Burma Government Medical School reports 1907-22
Year: 1907
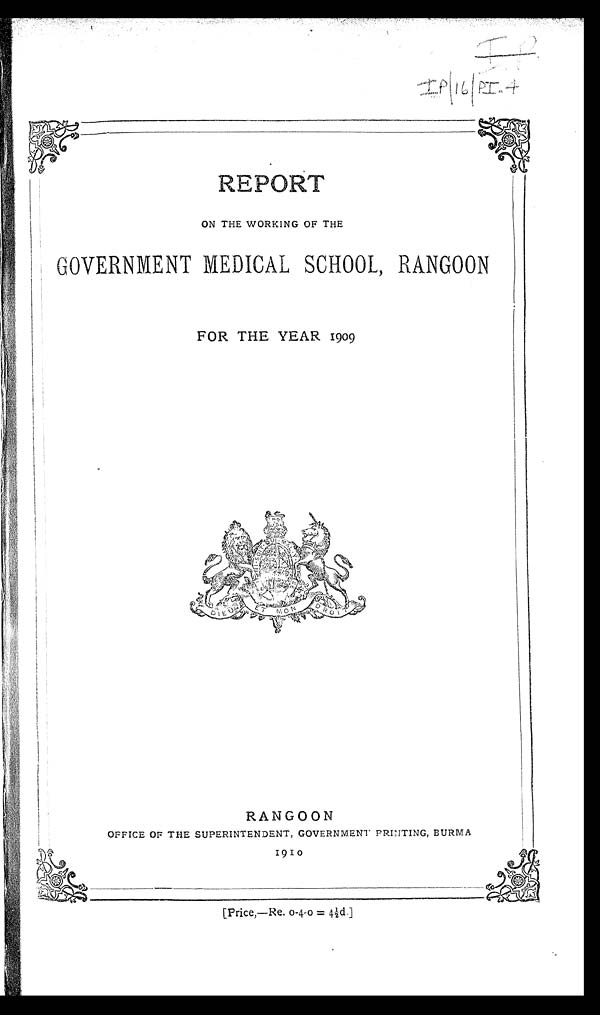
IP/16/PI.4
REPORT
ON THE WORKING OF THE
GOVERNMENT MEDICAL SCHOOL, RANGOON
FOR THE YEAR 1909
RANGOON
OFFICE OF THE SUPERINTENDENT, GOVERNMENT PRINTING, BURMA
1910
[Price,—Re. 0-4-0 = 4 1/2d.]